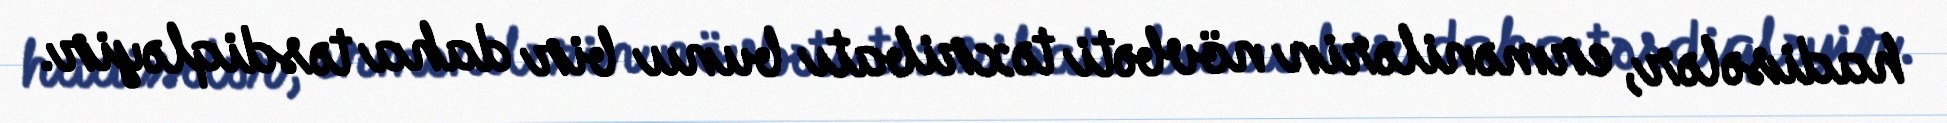
hadisələr, ermənilərin növbəti təxribatı bunu bir daha təsdiqləyir.